Vaccination Hyderabad 1890-1903 - 1890-1903
Year: 1890
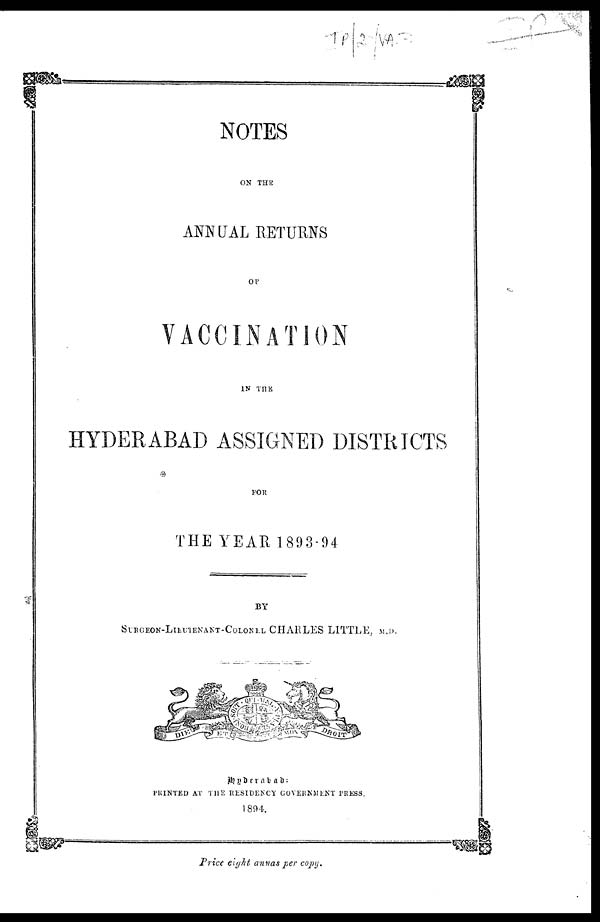
NOTES
ON THE
ANNUAL RETURNS
OF
VACCINATION
IN THE
HYDERABAD ASSIGNED DISTRICTS
FOR
THE YEAR 1893-94
BY
SURGEON-LIEUTENANT-COLONEL CHARLES LITTLE, M.D.
Hyderabad:
PRINTED AT THE RESIDENCY GOVERNMENT PRESS.
1894.
Price eight annas per copy.